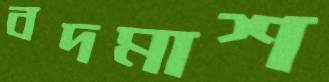
বদমাশ